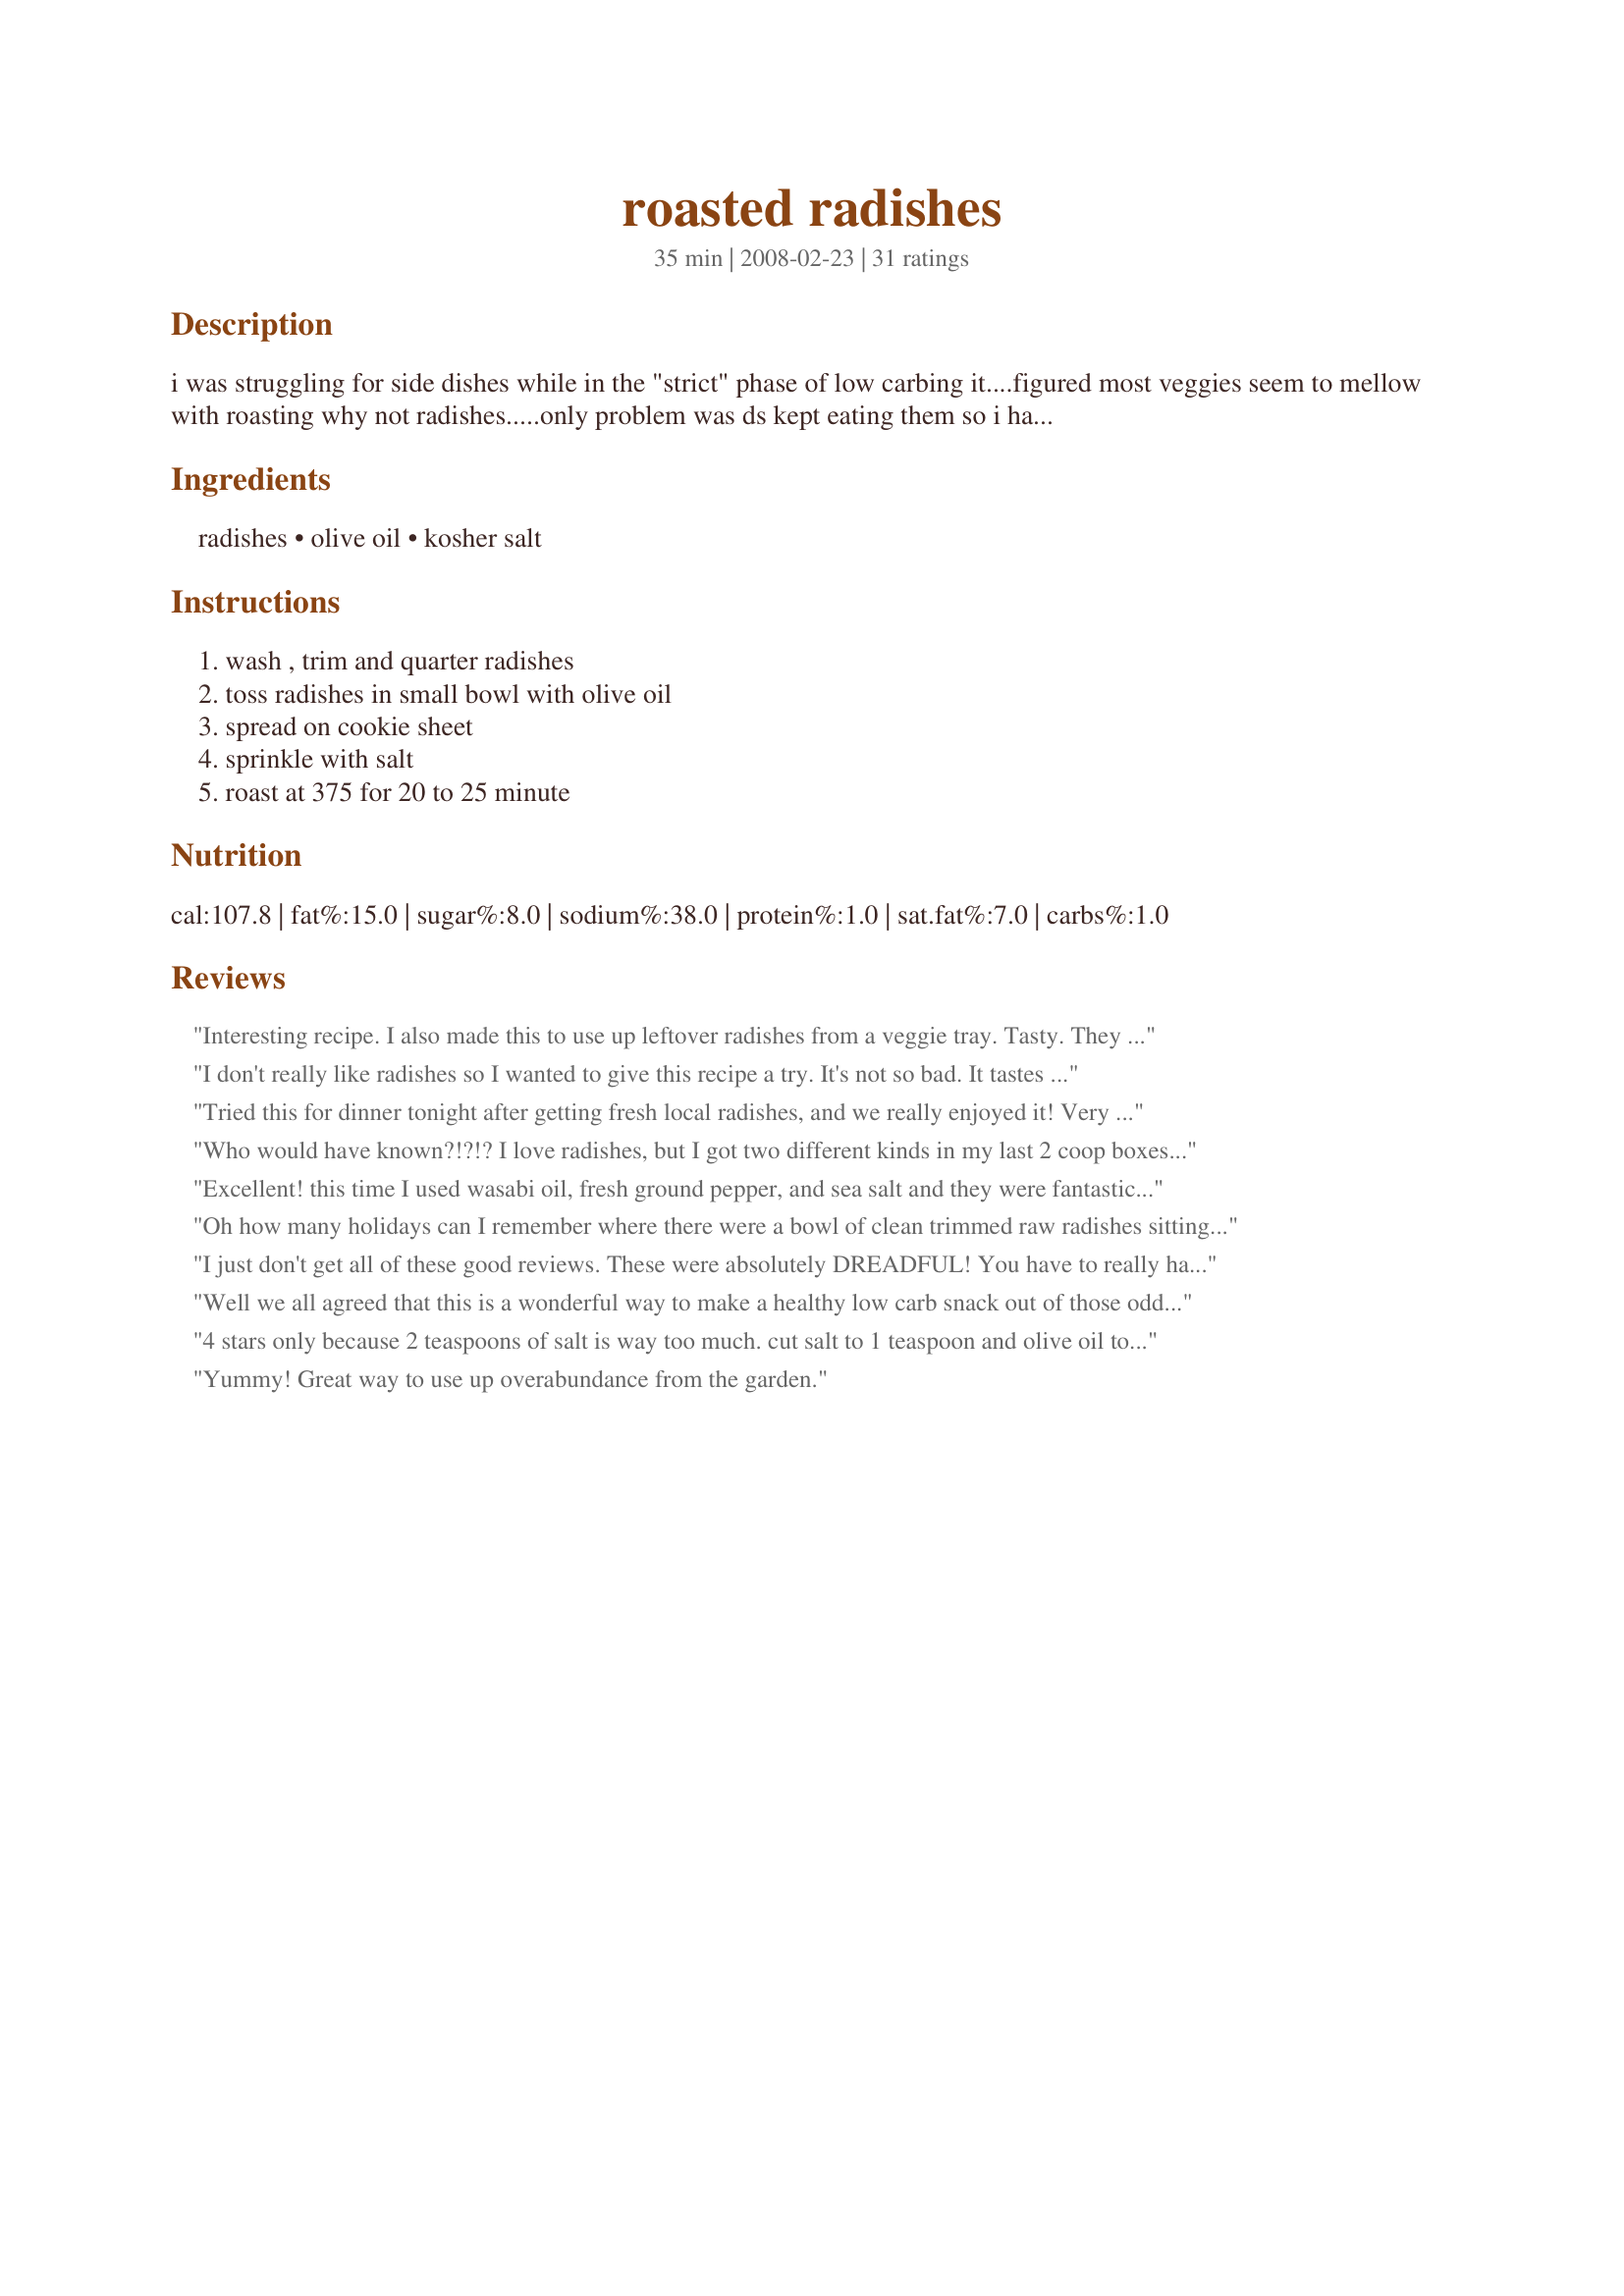
roasted radishes
Preparation time: 35 minutes

i was struggling for side dishes while in the "strict" phase of low carbing it....figured most veggies seem to mellow with roasting why not radishes.....only problem was ds kept eating them so i had to hide them in a container labeled "squash" (he would never open that! lol). i also put them out as part of an appitizer buffett on a platter with cauliflower that i cooked the same way....they disappeared!

Ingredients:
radishes, olive oil, kosher salt

Steps:
wash , trim and quarter radishes, toss radishes in small bowl with olive oil, spread on cookie sheet, sprinkle with salt, roast at 375 for 20 to 25 minute

Reviews:
Interesting recipe. I also made this to use up leftover radishes from a veggie tray. Tasty. They do taste like cooked cauliflower, whic is not my favorite, but it's nice for a change. Thanks for posting!
I don't really like radishes so I wanted to give this recipe a try. It's not so bad. It tastes a little bit like french fries. But some spices added to them would be great. Thanks for posting :) Made for I recommend tag game
Tried this for dinner tonight after getting fresh local radishes, and we really enjoyed it! Very simple to make and very tasty. I added some pepper and garlic to the oil. I also had some kielbasa to use up, so I put that in the oil mixture and roasted it in the same pan alongside the radishes. I will make it again for sure.
Who would have known?!?!? I love radishes, but I got two different kinds in my last 2 coop boxes (one was black on the outside and white on the inside and the other looks like a watermelon in the middle with red, green and white) and they fell to the bottom of the veggie bin in the fridge. Needless to say, they were all quite soft and needed new life pumped back in - and I assumed the only possibility was to cook them which I had never done before. I really enjoyed this roasting of radishes and I agree with the others that they have a faint cabbage taste when cooked. I used seasoning salt instead of Kosher salt, but otherwise followed the recipe spot on. I will definitely make these again - thanks for posting!
Excellent! this time I used wasabi oil, fresh ground pepper, and sea salt and they were fantastic! I have been using organic radishes; the greens are typically fresher; and, if very fresh, you can add the greens to other sauteed greens recipes or use the greens in a french style cream soup.
Oh how many holidays can I remember where there were a bowl of clean trimmed raw radishes sitting in a bowl of cold water with a salt shaker right next to it? Too many to count, lol. Everyone (including me) would eat one or two, but there would always be plenty leftover that sat in the fridge for a long time. That said, just for shidz ~n~ giggles, I looked on zaar to see if there were any radish recipes and this is one of them that caught my eye. So I gave it a whirl and made as directed. The texture is that of soft roasted potatoes. There is still a bit of tanginess of the radishes, but not as strong. Be careful not to over-roast them, as the smaller pieces had a not-so-tasty bitterness to them. We would suggest slicing them in a food processor to get more uniformed peices. Next time we'll add black pepper and a bit of butter also. Perhaps even top them with a dollop of sour cream and sprinkle of bacon bits at the table. Thanks for sharing the recipe. :)
I just don't get all of these good reviews. These were absolutely DREADFUL! You have to really hate radishes in the first place to go to these lengths to destroy their natural attributes. Raw, they are crisp, cool & crunchy with a little kick. These tasted like old cabbage and dirty socks. I ate one, spit it out, then threw the entire abomination in the garbage. Good riddance.
Well we all agreed that this is a wonderful way to make a healthy low carb snack out of those odd radishes that are always left. I did make one change in that I skipped the salt and used garlic powder instead. Mine turned out having as someone said with kind of a potato type texture. Had read one reviewer complained they did not cook evenly I eliminated that by shaking them and rotating the pan twice during the cooking. While this is not a five star it is something I will keep on hand and be making again. Thanks for the post.
4 stars only because 2 teaspoons of salt is way too much. cut salt to 1 teaspoon and olive oil to 2 tablespoon.
Yummy! Great way to use up overabundance from the garden.
Made for Thanksgiving 2009. I picked this dish as a low carb side option to give my diabetic father-in-law more options to choose from on the Thanksgiving table. Everyone who tried these enjoyed them and couldn't believe 1) that they were radishes and 2) how easy to prepare they were. My husband and in-laws said that the flavor reminded them of cabbage. My father-in-law requested the recipe to add to his rotation of side dishes at home. I did not use the salt (several guests have high blood pressure) but they still tasted good. The tip about lining the pan with foil for easy clean-up worked great! Thank you for posting this recipe/method!!!!!
DH planted a mess of radishes in our garden this year and I had no idea what to do with all that I got out this morning until I came across your recipe. I totally love the low carb aspect and DH loved them as well. Both of us agreed they had a texture of a potato. DH said they still tasted like radishes to him (lol) and I thought they had a cabbage/rutabaga/radish flavor. Very versital, I added fresh basil to mine. Butter and garlic sounds delish for next time. We loved this, thank you for posting!
To be honest, I'm not really sure what I was expecting. And even know, I'm not really sure what I ate. I'm not really fond of radishes to begin with, so maybe that's the difference? It really does taste kinda like cauliflower stem when cooked.
Made this for Think Pink 2013 Cancer Awareness tag game and was surprised at how tasty they turn out to be plus colorful! I did cut the recipe in half and added some garlic, salt and pepper. Thank you for posting.
This is fantastic. I bought a bag of radishes at the 99cents store before thinking about what I would do with a whole bag of radishes. I came to Recipezaar and found this gem of a recipe. Thank you so much for posting this. The radishes really mellow and sweeten a bit when roasted. Delicious!
These were very different but good. My family thought I was odd making radishes. I followed the recipe exactly as written other then I cooked mine on the grill. Yummy, different side dish. Made for Fall PAC 2008.
I would give these a 5 star, but they were WAY too salty. We scraped off what we could, and the rest was delightful. Next time I cut the salt in half. But the radishes have a great flavor fixed this way, I did like them very much.
So simple and delicious! Reminded me of tater tots, can hardly believe that they were radishes. Yum! :)
These tasted great! Will cook them again soon. Thanks for posting.
Very interesting recipe! they do sweeten a little, and soften up a bit, and make a very nice side-dish!
Good way to eat an often over-looked vegetable!

Thanks Elliebet!

made for PAC Fall 2008
This was great. I didn't think I liked radishes but I love them in this dish. Thanks!
This is works perfect for a low carb side. I used a little garlic salt and pepper. Will make again. Made for Think Pink 2009.
This turned out pretty well for being radishes - I could barely tell what they were. I do think adding some butter was crucial though, and next time, I may also take other reviewer&#039;s suggestions and add garlic along with the butter. Considering at least one of the radishes I was working was was a little on the large side, these turned out tender and sweet. There was a bite or two that tasted woodier, but I suspect that was one of the larger radishes. This would work best with slightly smaller radishes, I think. It went well with the caramelized onions and kale I sauteed, and I also served pork steak. Overall the meal was very healthy and I&#039;m pleased about that (considering DH supposedly brought me beets, and they turned into large radishes last minute;).
No one in our family cares for radishes. When we got a bunch in our farm share box I wasn&#039;t sure what to do with them. I saw this recipe and figured I&#039;d give it a try. Well, I&#039;m happy to say my family will now eat radishes IF I make them like this.
Oh My Goodness.....who would&#039;a thunk it! I just tried this as an experiment...not part of a meal in case it was awful. Guess what! We loved it. This is a keeper for us. Makes a fun appetizer but can also be a good side for a meal. Thanks for posting this. I will have to say that I would cut down on the salt. Other than that...you have to try it.
Made this the other night and was so surprised that radishes would be so good this way. I had only ever experienced them raw, which is really different experience. How come I've lived half my life without knowing how versatile radishes are.
Hey, these are really good! It sure surprised us, since we aren't big radish fans, but I had some that weren't going to get eaten raw, so I roasted them along with some carrots. They turned out to be pleasantly sweet. Thanks for the recipe!
Very good; I cut down on the salt a bit & EVO to make it a bit more healthier.
I made this to go with roasted chicken and couldn't believe how good it was. They tasted nothing at all like radishes, in fact we all thought they tasted a bit like cauliflower. Loved the pink color and have decided they are going to be on my Valentine's Day menu. I had to call my radish loving father and tell him about them...
This was perfect. I had some organic white diakon radishes and organic watermelon radishes from our weekly local organic basket that I just didn&#039;t want to eat because they were too spicy for us. This recipe made them sweeter, especially the watermelon radishes and like a few others mentioned have a similar texture and taste to cauliflower! I used avocado oil in place if olive as I understand it is healthier to heat and course greet sea salt. This is a must do for leftover radishes at least the types I tried.
Great simple, healthy, easy recipe. These, and any other similarly-roasted veggies, make a great bed for fish, chicken, veal or pork, and probably beef too, if that&#039;s in your diet. Just make sure you get the roasting temp and timing right, depending on which protein you use.
